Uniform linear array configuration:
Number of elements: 48
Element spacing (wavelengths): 0.75
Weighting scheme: hann
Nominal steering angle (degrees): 60
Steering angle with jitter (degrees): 59.438
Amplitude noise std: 0.05
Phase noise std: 0.05

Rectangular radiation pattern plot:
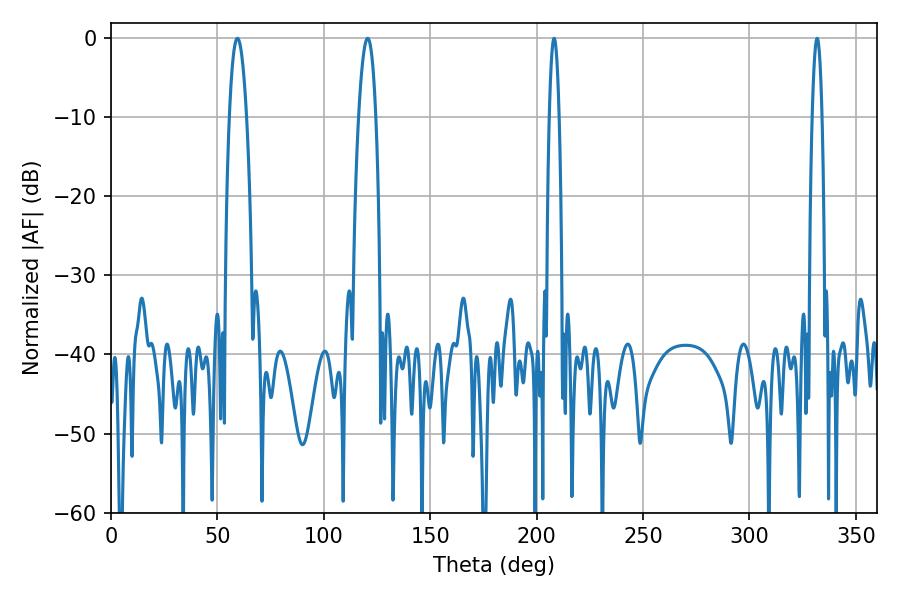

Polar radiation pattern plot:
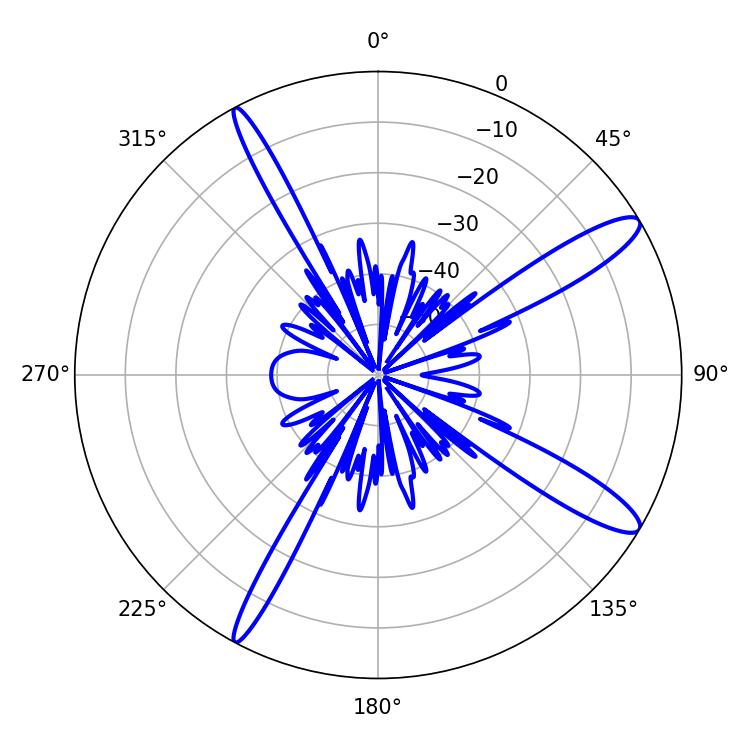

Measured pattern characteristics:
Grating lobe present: TRUE
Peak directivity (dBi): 13.032
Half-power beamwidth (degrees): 4.5
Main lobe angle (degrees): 59.4